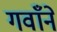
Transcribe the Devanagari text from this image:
गवाँने